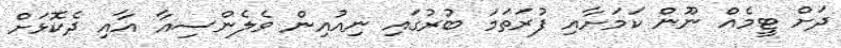
ދަށް ޓީމެއް ނޫން ކަމަށާއި ފުރަތަމަ ބުރުގައި ނިއުއިން ވެލެންސިއާ އާއި ދެކޮޅަށް